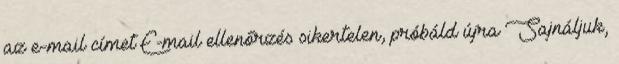
az e-mail címet E-mail ellenőrzés sikertelen, próbáld újra Sajnáljuk,